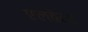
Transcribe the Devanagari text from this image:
एलबेर्ट